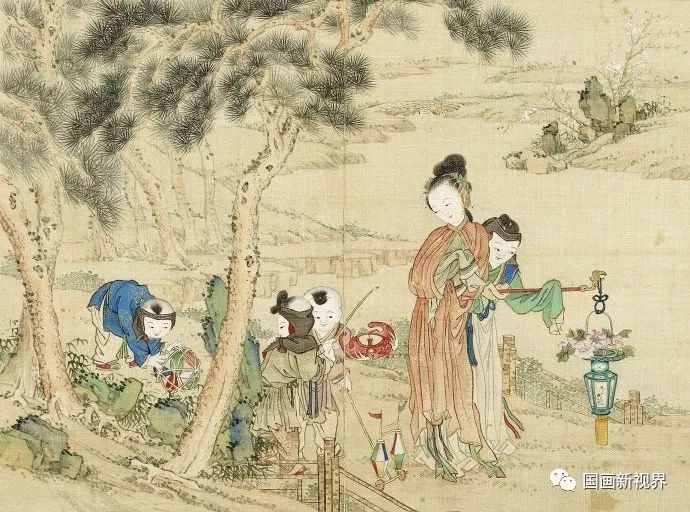
马上墙头，纵教瞥见，也难相认。